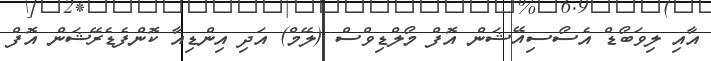
އާއި ލިވަބޯޑް އެސޯސިއޭޝަން އޮފް މޯލްޑިވްސް (ލޭމް) އަދި އިންޑިއާ ކޮންފެޑެރޭޝަން އޮފް